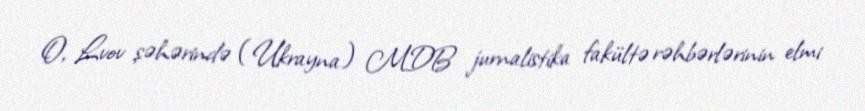
O, Lvov şəhərində (Ukrayna) MDB jurnalistika fakültə rəhbərlərinin elmi